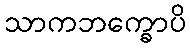
သာကဘက္ခောပိ